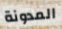
المدونة